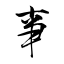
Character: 亊